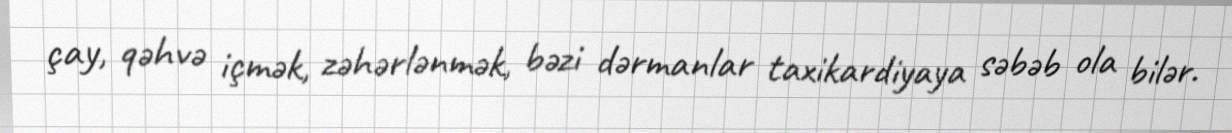
çay, qəhvə içmək, zəhərlənmək, bəzi dərmanlar taxikardiyaya səbəb ola bilər.